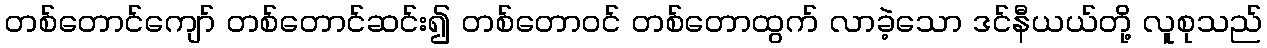
တစ်တောင်ကျော် တစ်တောင်ဆင်း၍ တစ်တောဝင် တစ်တောထွက် လာခဲ့သော ဒင်နီယယ်တို့ လူစုသည်